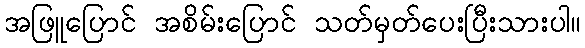
အဖြူပြောင် အစိမ်းပြောင် သတ်မှတ်ပေးပြီးသားပါ။